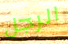
الرجل